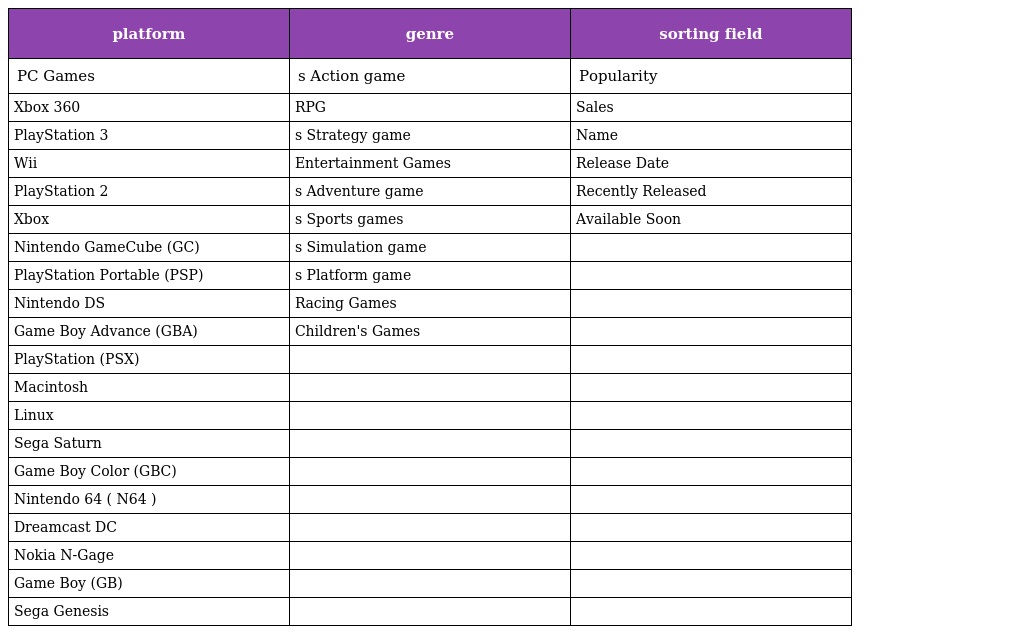
| platform | genre | sorting field |
 | --- | --- | --- |
 | PC Games | s Action game | Popularity |
 | Xbox 360 | RPG | Sales |
 | PlayStation 3 | s Strategy game | Name |
 | Wii | Entertainment Games | Release Date |
 | PlayStation 2 | s Adventure game | Recently Released |
 | Xbox | s Sports games | Available Soon |
 | Nintendo GameCube (GC) | s Simulation game |  |
 | PlayStation Portable (PSP) | s Platform game |  |
 | Nintendo DS | Racing Games |  |
 | Game Boy Advance (GBA) | Children's Games |  |
 | PlayStation (PSX) |  |  |
 | Macintosh |  |  |
 | Linux |  |  |
 | Sega Saturn |  |  |
 | Game Boy Color (GBC) |  |  |
 | Nintendo 64 ( N64 ) |  |  |
 | Dreamcast DC |  |  |
 | Nokia N-Gage |  |  |
 | Game Boy (GB) |  |  |
 | Sega Genesis |  |  |